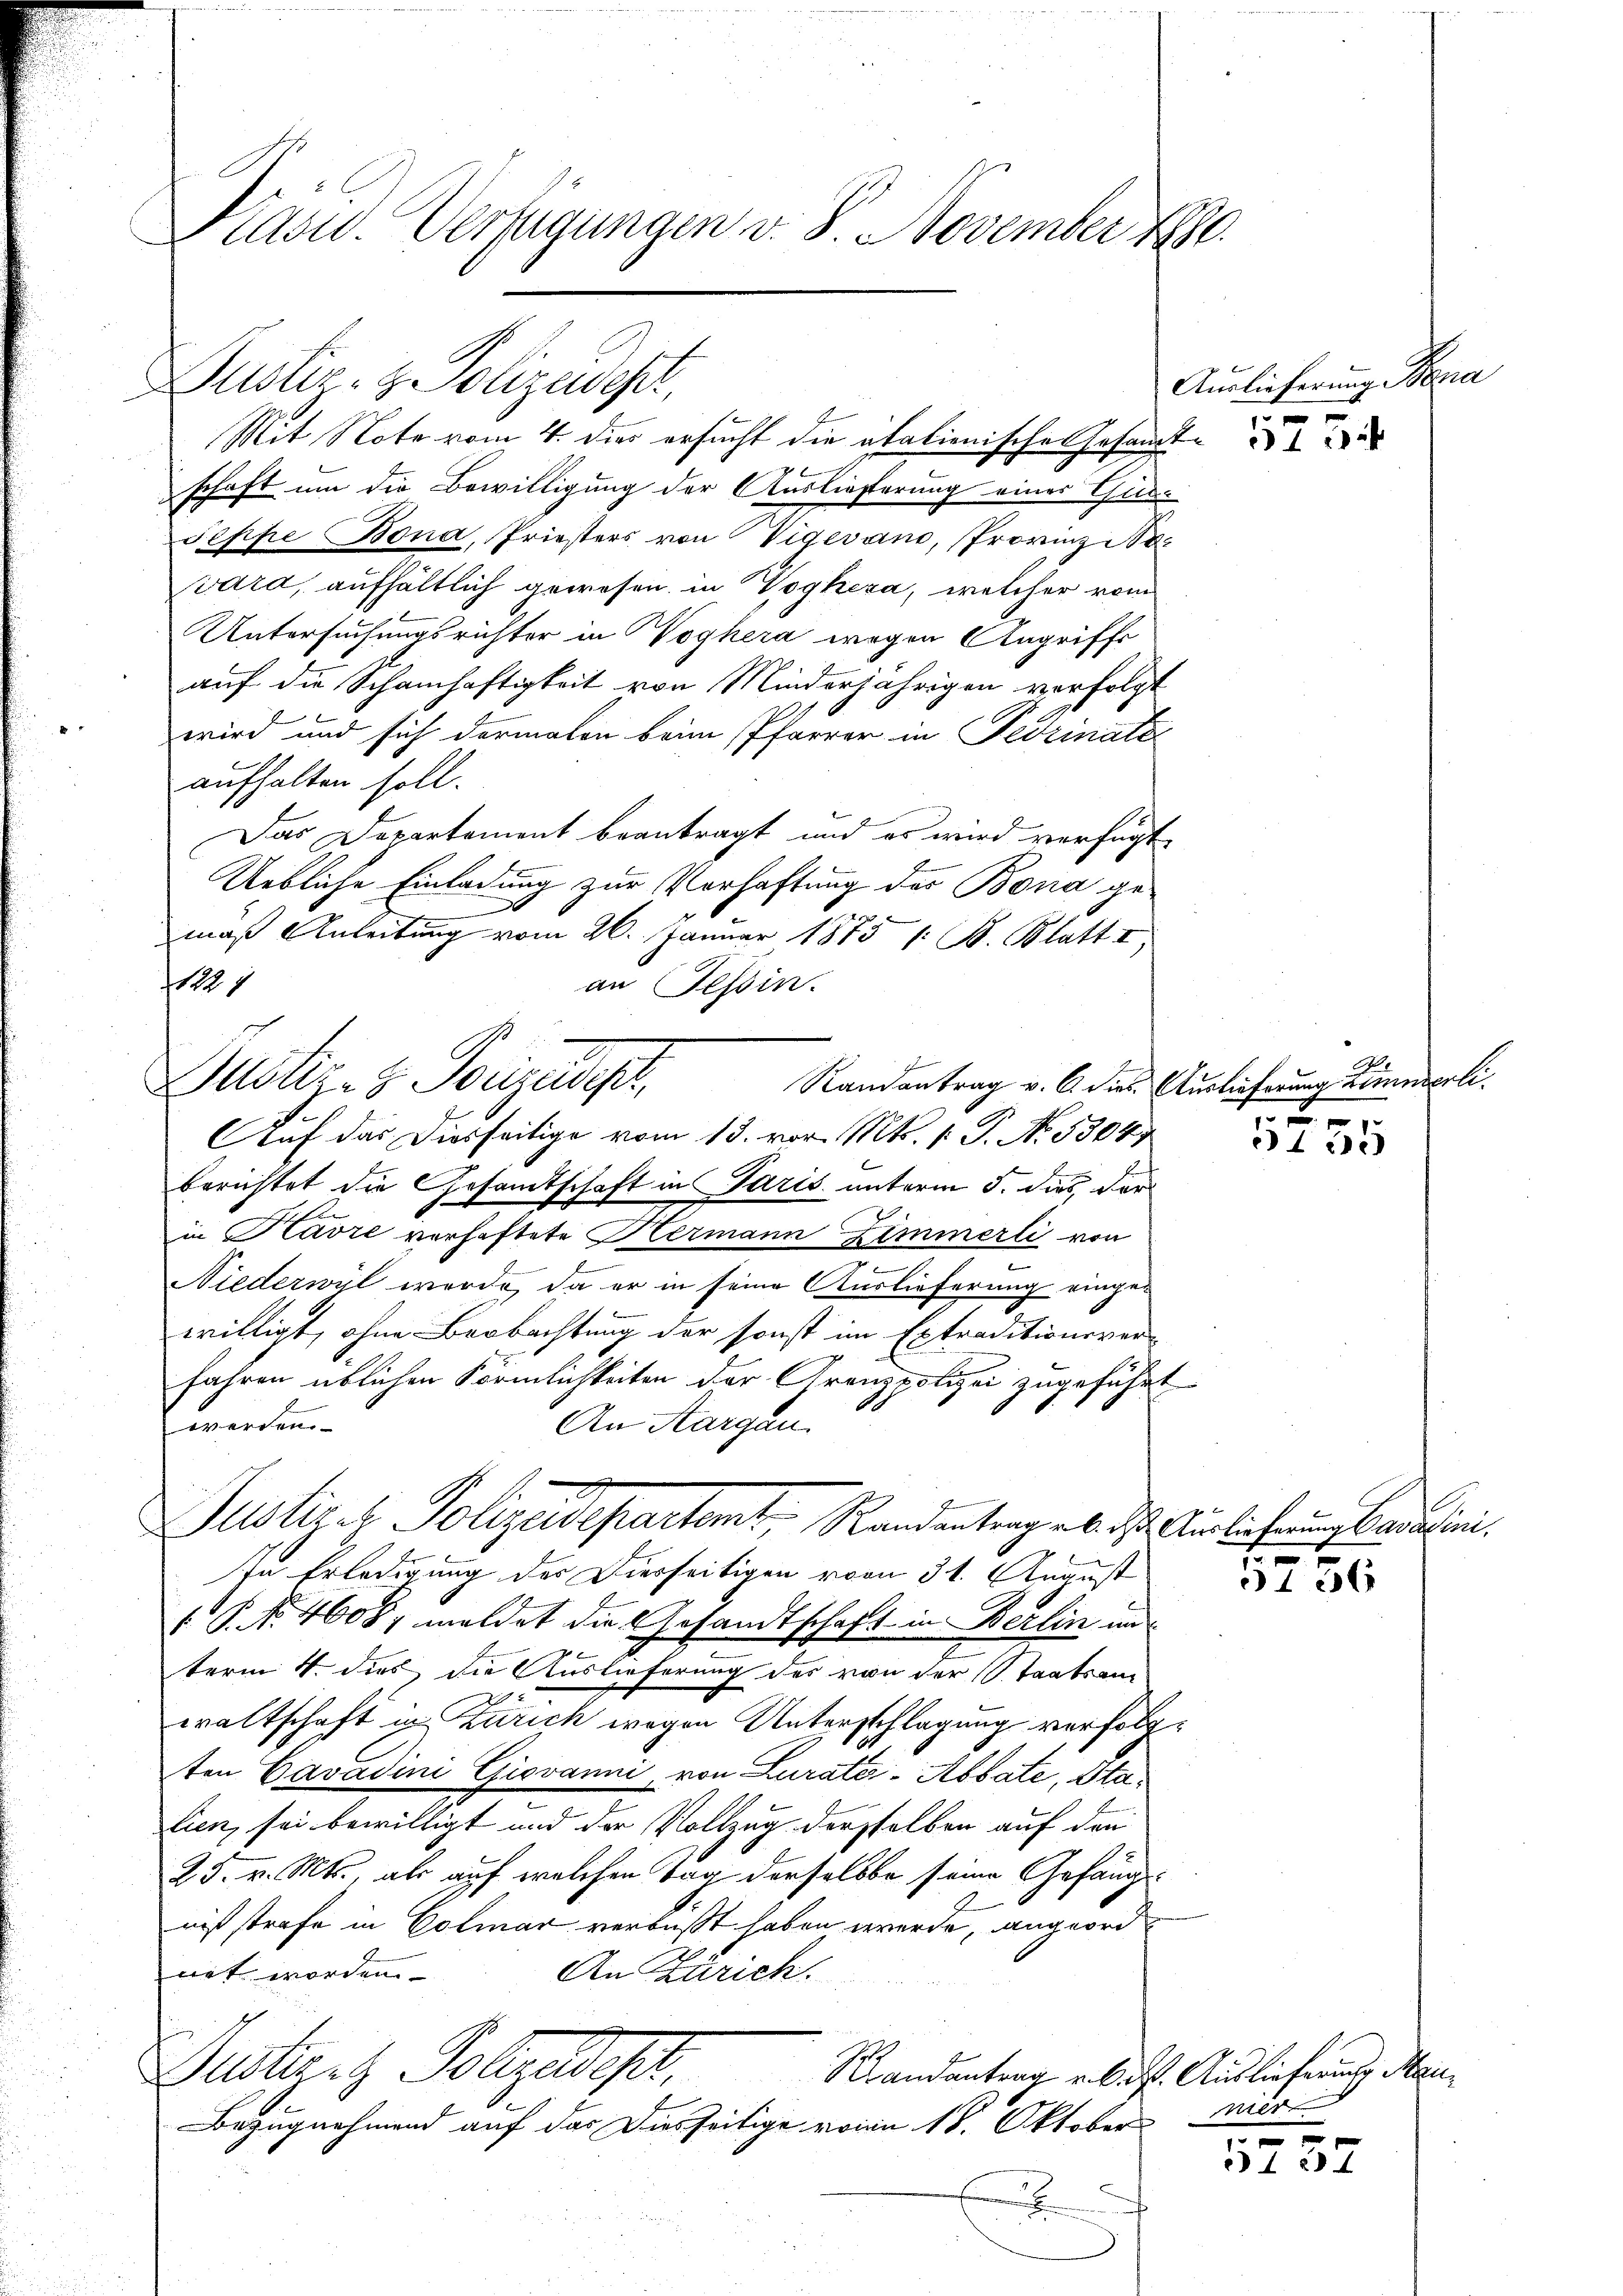
Kasid. Verfügungen v. 8. November 1880.

Mit Note vom 4. der ersucht die akalienische Gesandte
schaft um die Bewilligung der Auslieferung einer Gut¬
Jeppe Bona, Priesters von Vigevano, Provinz Novara, aufhältlich gewesen, in Voghesa, welcher vom
Untersuchungsrichter in Woghera wegen Angriffe
auf die Schamhaftigkeit von Minderjährigen verfolgt
wird und sich darmakon beim Pfarrer in Fedzinata
aufhalten soll.
Das Departement beantragt und es wird verfügt
Uebliche Einladung zur Verhaftung des Bona gemaß Anleitung vom 26. Januar 1875 1: B. Blatt I
1221
an Tessin.
Randantrag v. C. dies Auslieferung Zimmerli¬
Auf das Diesseitige vom 13. vor. Mt. /: P. No. 53047
berichtet die Gesamtschaft in Paris unterm 5. dies, der
in Havre verhaftete Hermann Zimmerli von
2
e
Niederwyl werde, da er in seine Auslieferung eingewilligt, ohne Beobachtung der sonst im Extraditionsver-
fahren üblichen Förmlichkeiten der Granzpolizei zugeführt
werden
An Aargau.
Justiz ek. Polizeidepartamt, Randentrag ab des Auslicherung baasini.
In Erledigung der Dierseitigen von 31. August
 P. Nr. 4608; meldet die Gesandtschaft in Berlin un
term 4. dies die Auslieferung des von der Staatsan
waltschaft in Zürich wegen Unterschlagung verfolgten Cavadini Giovanni, von Lurate - Abbate, Stae
lien, sei bewilligt und der Vollzug derselben auf den
25. v. Mts., als auf welchen Tag derselbe seine Gefängnißstrafe in Colmar verbaßt haben werde, angeord¬
An Zürich.
net worden
Gustanz Polizeidigt,
Randantrag u. kalt. Auslieferung Mau¬
Bezugnehmend auf das Diesseitige von 18. Oktober
2
f

Justiz- & Polizeides,

Justiz- & Polizeidigt,

Auslieferung Bena

A
s

3135

e

3136

nier

e
5137